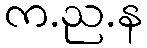
က.ည.န